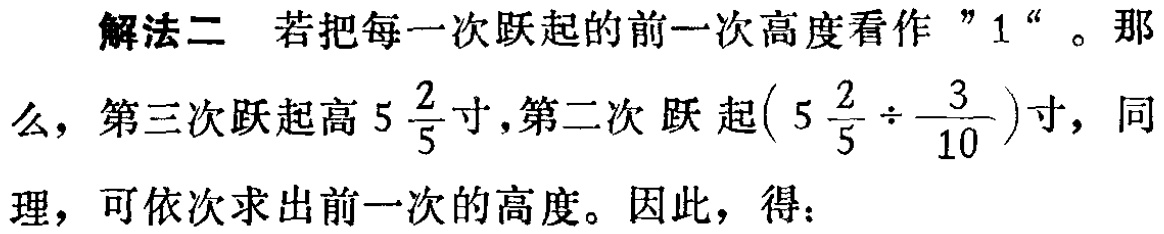
解法二 若把每一次跃起的前一次高度看作 "1"。那么，第三次跃起高\(5\frac{2}{5}\)寸，第二次跃起\((5\frac{2}{5}\div\frac{3}{10})\)寸，同理，可依次求出前一次的高度。因此，得：